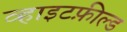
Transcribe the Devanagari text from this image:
व्हाइटफ़ील्ड